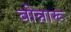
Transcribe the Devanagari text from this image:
बोन्नारू